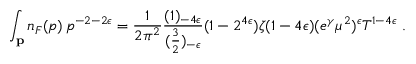
\int _ { \bf p } n _ { F } ( p ) \, p ^ { - 2 - 2 \epsilon } = { \frac { 1 } { 2 \pi ^ { 2 } } } { \frac { ( 1 ) _ { - 4 \epsilon } } { ( { \frac { 3 } { 2 } } ) _ { - \epsilon } } } ( 1 - 2 ^ { 4 \epsilon } ) \zeta ( 1 - 4 \epsilon ) ( e ^ { \gamma } \mu ^ { 2 } ) ^ { \epsilon } T ^ { 1 - 4 \epsilon } \; .